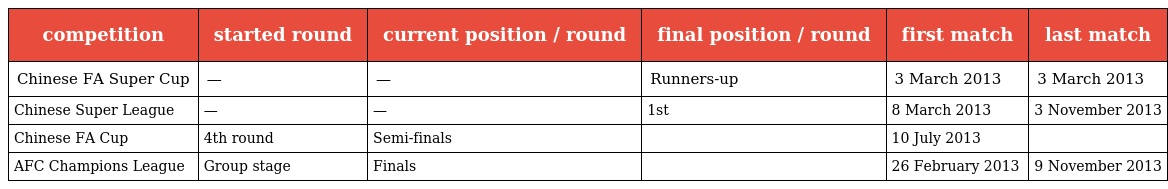
| competition | started round | current position / round | final position / round | first match | last match |
 | --- | --- | --- | --- | --- | --- |
 | Chinese FA Super Cup | — | — | Runners-up | 3 March 2013 | 3 March 2013 |
 | Chinese Super League | — | — | 1st | 8 March 2013 | 3 November 2013 |
 | Chinese FA Cup | 4th round | Semi-finals |  | 10 July 2013 |  |
 | AFC Champions League | Group stage | Finals |  | 26 February 2013 | 9 November 2013 |